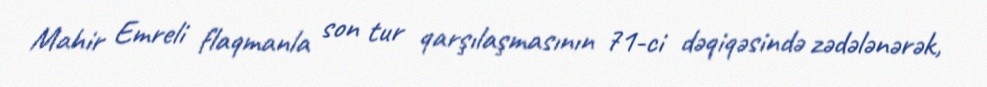
Mahir Emreli flaqmanla son tur qarşılaşmasının 71-ci dəqiqəsində zədələnərək,